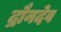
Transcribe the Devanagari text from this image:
द्रौनदेव